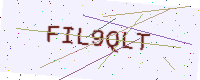
Text: FIL9QLT